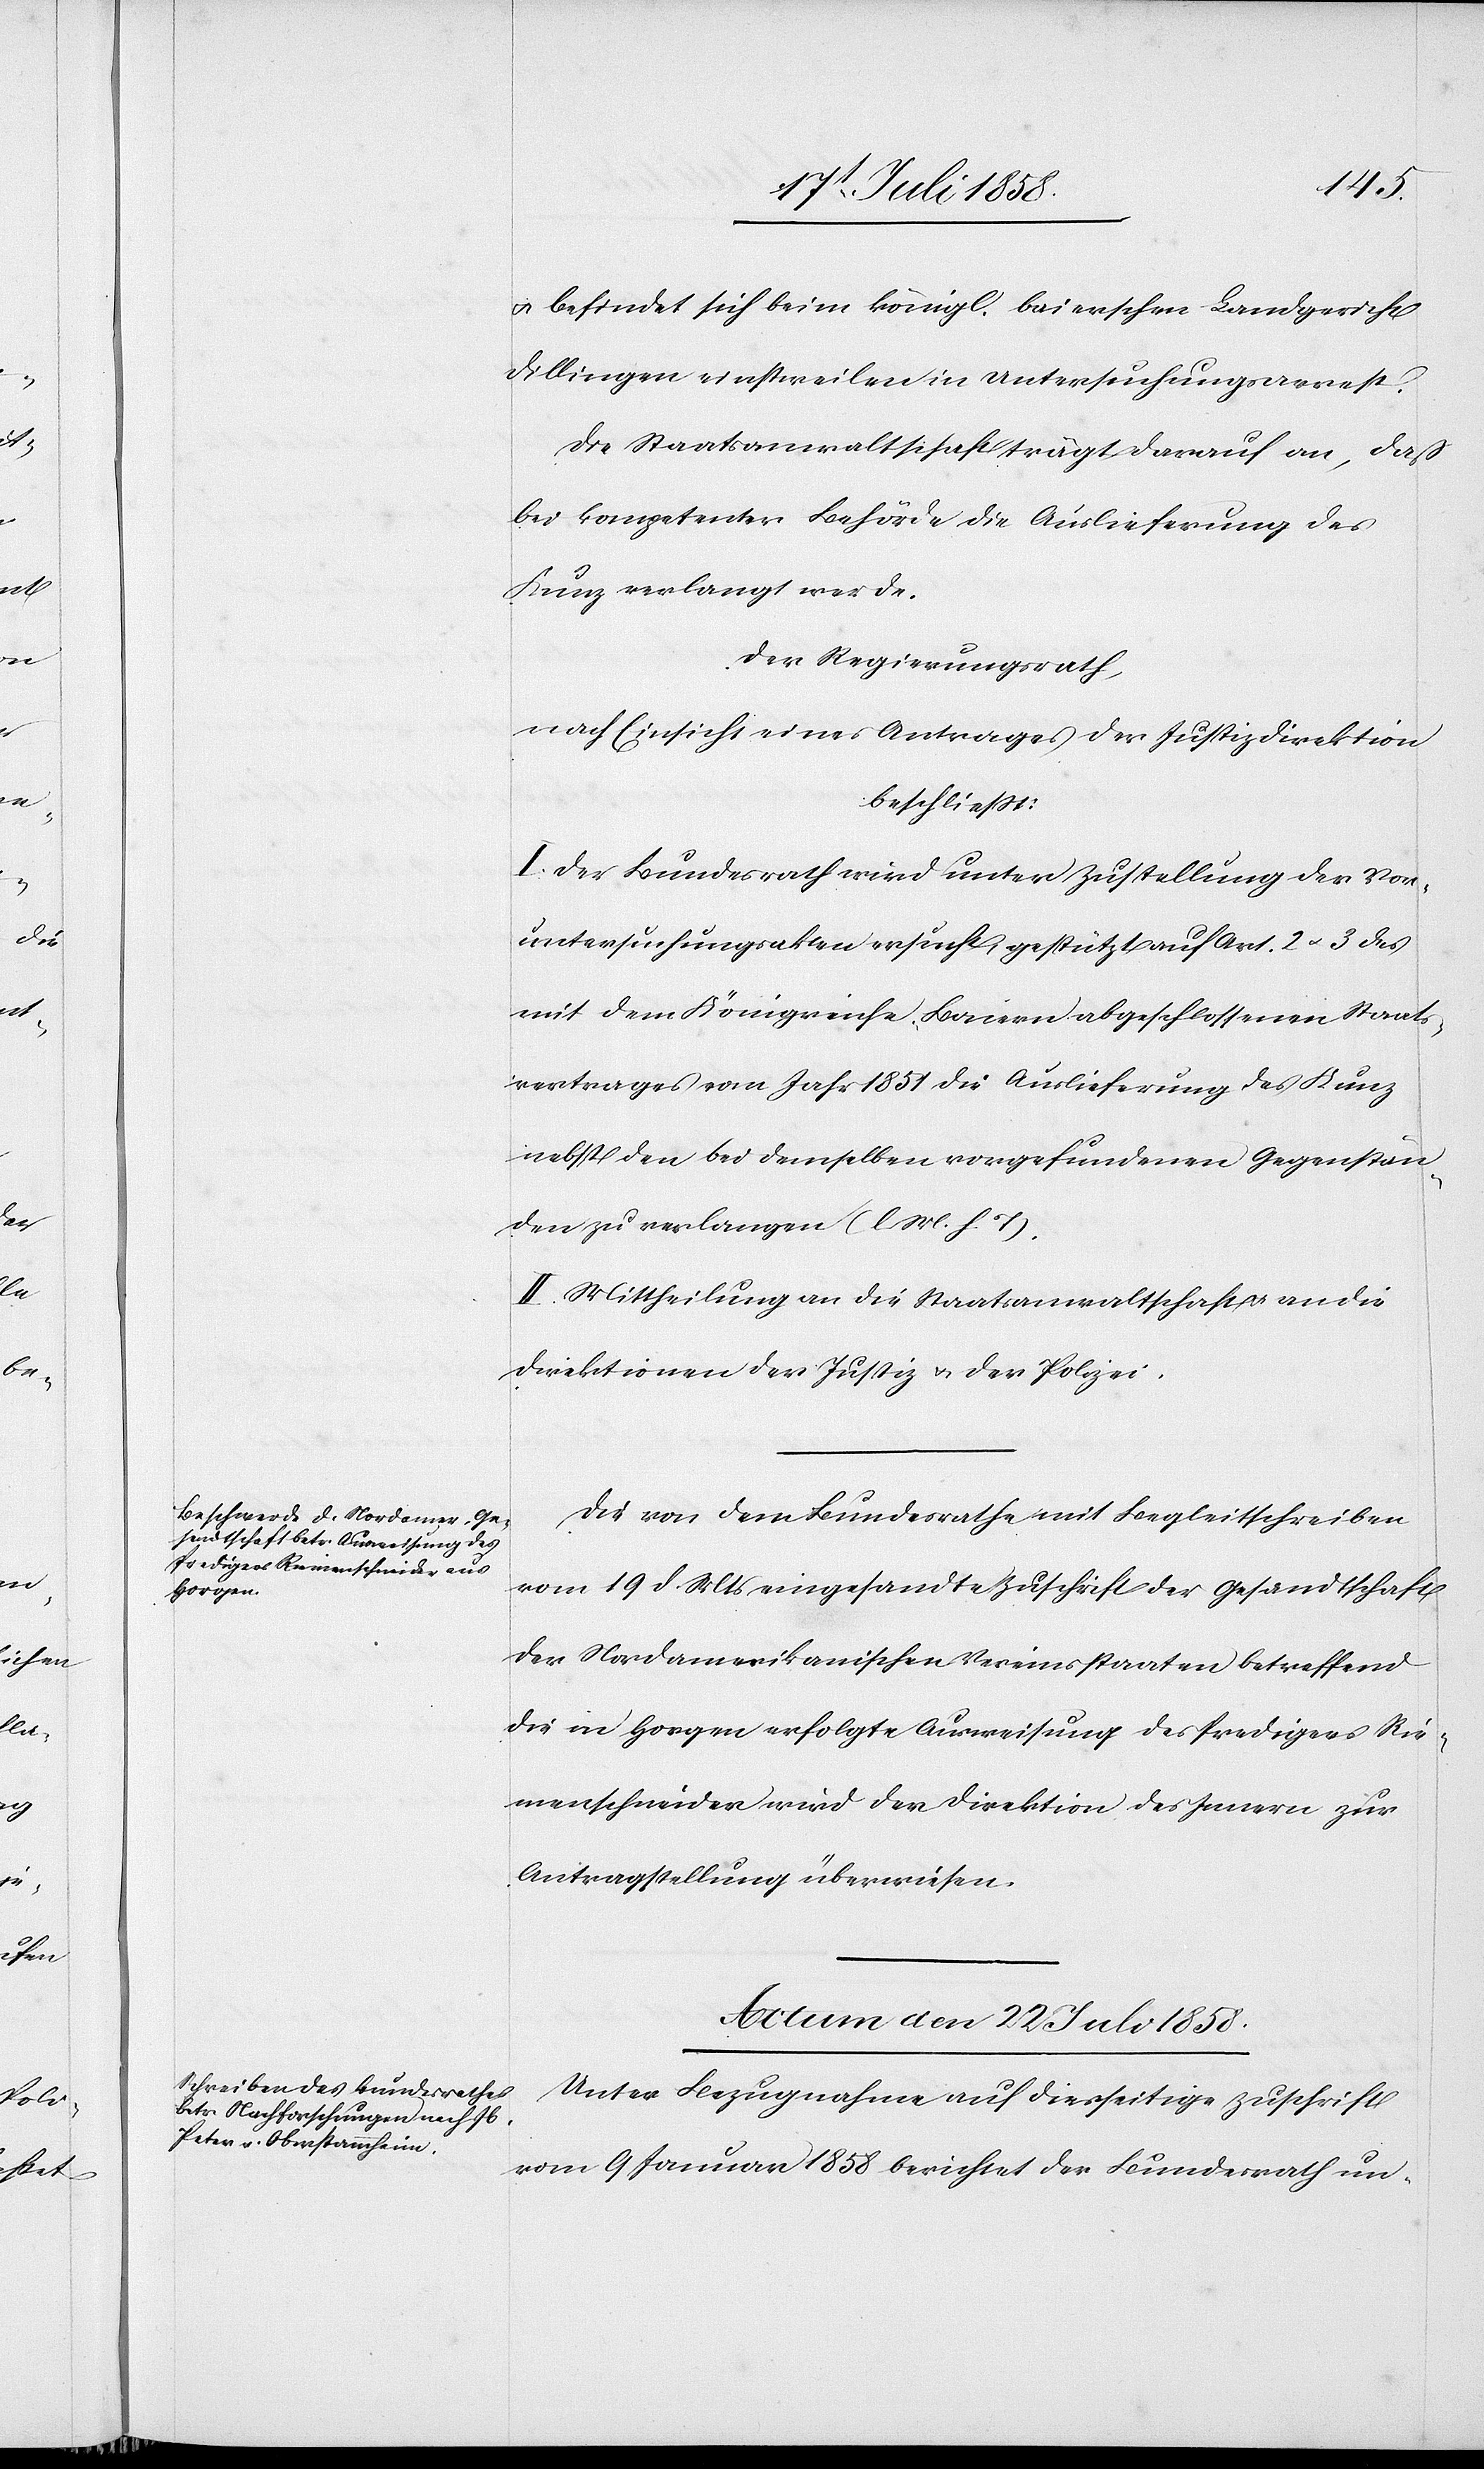
den
19t Juli 1858.]
& befindet sich beim königl. baierschen Landgericht
Dillingen einstweilen in Untersuchungsarrest.
Die Staatsanwaltschaft trägt darauf an, daß
bei kompetenter Behörde die Auslieferung des
Kunz verlangt werde.
Der Regierungsrath,
nach Einsicht eines Antrages der Justizdirektion
beschliesst:
I. Der Bundesrath wird unter Zustellung der Vor¬
untersuchungsakten ersucht, gestützt auf Art. 2 & 3 des
mit dem Königreiche Baiern abgeschlossenen Staats¬
vertrages vom Jahr 1851 die Auslieferung des Kunz
nebst den bei demselben vorgefundenen Gegenstän¬
den zu verlangen (l. M. h. T).
II. Mittheilung an die Staatsanwaltschaft & an die
Direktionen der Justiz & der Polizei.
Die von dem Bundesrathe mit Begleitschreiben
vom 19 d. Mts eingesandte Zuschrift der Gesandtschaft
der Nordamerikanischen Vereinsstaaten betreffend
die in Horgen erfolgte Ausweisung des Predigers Rie¬
menschneider wird der Direktion des Innern zur
Antragstellung überwiesen.
Actum den 22 Juli 1858.
Unter Bezugnahme auf diesseitige Zuschrift
vom 9 Januar 1858 berichtet der Bundesrath un-